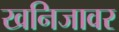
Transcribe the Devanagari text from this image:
खनिजावर